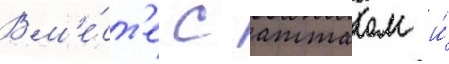
Вм'е́ст'е с атталом и́